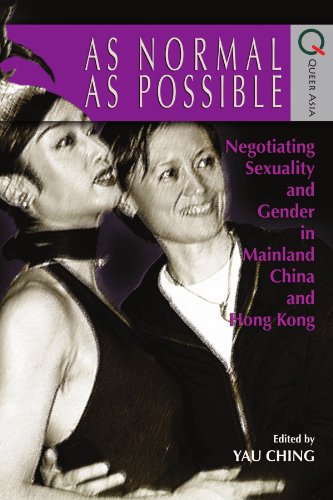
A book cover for As Normal as Possible: Negotiating Sexuality and Gender in Mainland China and Hong Kong (Queer Asia); History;